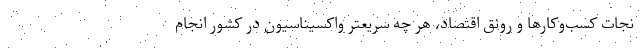
نجات کسب‌وکارها و رونق اقتصاد، هر چه سریعتر واکسیناسیون در کشور انجام